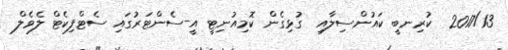
2017/13  ކުރިނބީ ކައުންސިލާއި  ގުޅިގެން ކޮމިއުނިޓީ އީ-ސެންޓަރުގައި ސެޓްފިކެޓް ލެވެލް